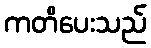
ကတိပေးသည်